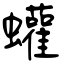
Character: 蠸